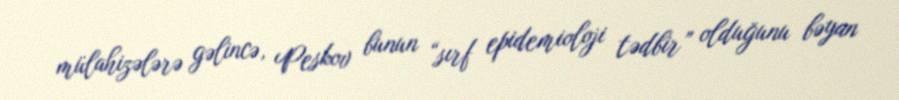
mülahizələrə gəlincə, Peskov bunun “sırf epidemioloji tədbir” olduğunu bəyan